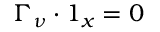
\boldsymbol { \Gamma } _ { \nu } \boldsymbol { \cdot } \boldsymbol { 1 } _ { x } = 0